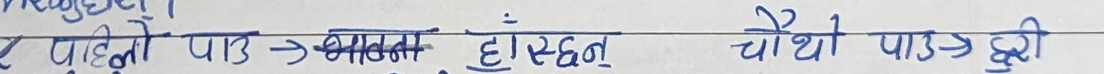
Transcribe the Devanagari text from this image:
पहिलो पाठ -> भान्सा हो, छन्र चौथो पा13-छुरी